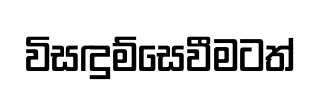
විසඳුම්සෙවීමටත්